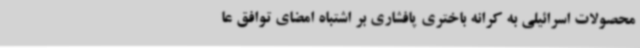
محصولات اسرائیلی به کرانه باختری پافشاری بر اشتباه امضای توافق عا